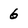
Character: 6